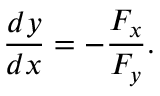
{ \frac { d y } { d x } } = - { \frac { F _ { x } } { F _ { y } } } .